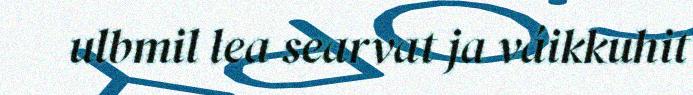
ulbmil lea searvat ja váikkuhit